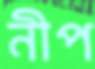
নীপ